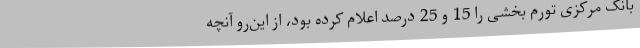
بانک مرکزی تورم بخشی را 15 و 25 درصد اعلام کرده بود، از این‌رو آنچه